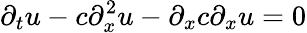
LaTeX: \partial_{t}u-c\partial_{x}^{2}u-\partial_{x}c\partial_{x}u=0